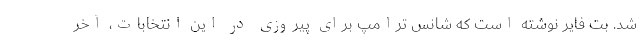
شد. بت فایر نوشته است که شانس ترامپ برای پیروزی در این انتخابات، آخر